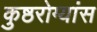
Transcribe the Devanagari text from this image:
कुष्ठरोग्यांस